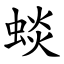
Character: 䗊